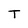
Character: T